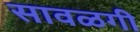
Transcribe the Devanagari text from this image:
सावळगी